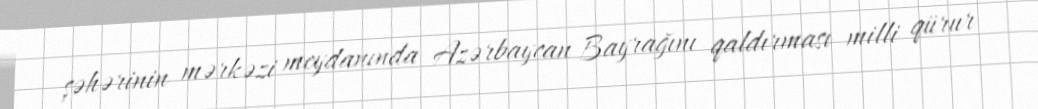
şəhərinin mərkəzi meydanında Azərbaycan Bayrağını qaldırması milli qürur